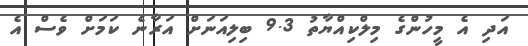
އަދި އެ މީހުންގެ މިލްކިއްޔާތު 9.3 ބިލިއަނަށް އަރާނެ ކަމަށް ވެސް އެ